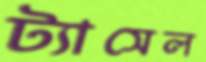
ট্যাসেল